Annual report on the working of the lock hospitals in the North-Western Provinces and Oudh
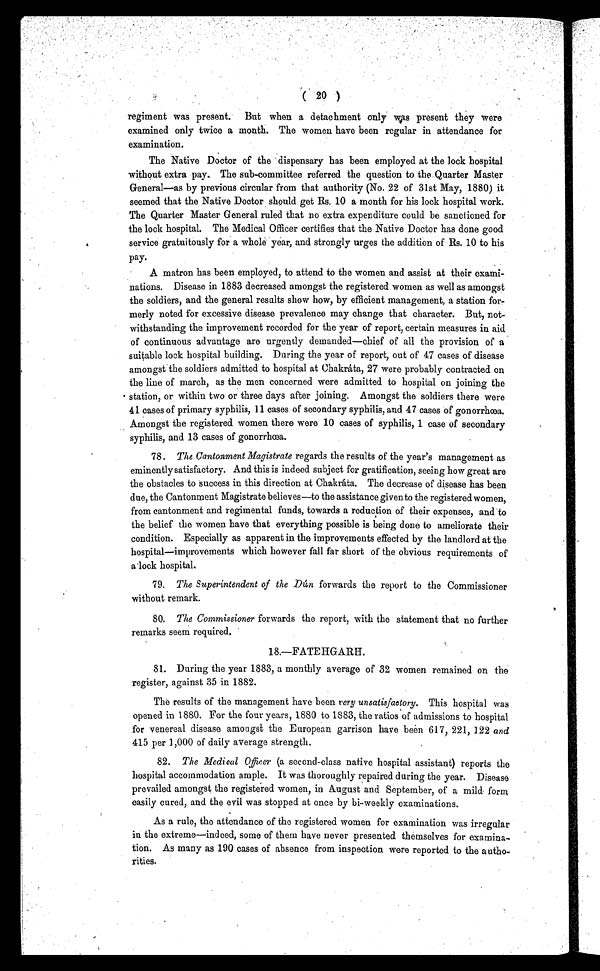
( 20 )
regiment was present. But when a detachment only was present they were
examined only twice a month. The women have been regular in attendance for
examination.
The Native Doctor of the dispensary has been employed at the lock hospital
without extra pay. The sub-committee referred the question to the Quarter Master
General—as by previous circular from that authority (No. 22 of 31st May, 1880) it
seemed that the Native Doctor should get Rs. 10 a month for his lock hospital work.
The Quarter Master General ruled that no extra expenditure could be sanctioned for
the lock hospital. The Medical Officer certifies that the Native Doctor has done good
service gratuitously for a whole year, and strongly urges the addition of Rs. 10 to his
pay.
A matron has been employed, to attend to the women and assist at their exami-
nations. Disease in 1883 decreased amongst the registered women as well as amongst
the soldiers, and the general results show how, by efficient management, a station for-
merly noted for excessive disease prevalence may change that character. But, not-
withstanding the improvement recorded for the year of report, certain measures in aid
of continuous advantage are urgently demanded—chief of all the provision of a
suitable lock hospital building. During the year of report, out of 47 cases of disease
amongst the soldiers admitted to hospital at Chakráta, 27 were probably contracted on
the line of march, as the men concerned were admitted to hospital on joining the
station, or within two or three days after joining. Amongst the soldiers there were
41 cases of primary syphilis, 11 cases of secondary syphilis, and 47 cases of gonorrhœa.
Amongst the registered women there were 10 cases of syphilis, 1 case of secondary
syphilis, and 13 cases of gonorrhœa.
78. The Cantonment Magistrate regards the results of the year's management as
eminently satisfactory. And this is indeed subject for gratification, seeing how great are
the obstacles to success in this direction at Chakráta. The decrease of disease has been
due, the Cantonment Magistrate believes—to the assistance given to the registered women,
from cantonment and regimental funds, towards a reduction of their expenses, and to
the belief the women have that everything possible is being done to ameliorate their
condition. Especially as apparent in the improvements effected by the landlord at the
hospital—improvements which however fall far short of the obvious requirements of
a lock hospital.
79. The Superintendent of the Dún forwards the report to the Commissioner
without remark.
80. The Commissioner forwards the report, with the statement that no further
remarks seem required.
18.—FATEHGARH.
81. During the year 1883, a monthly average of 32 women remained on the
register, against 35 in 1882.
The results of the management have been very unsatisfactory. This hospital was
opened in 1880. For the four years, 1880 to 1883, the ratios of admissions to hospital
for venereal disease amongst the European garrison have been 617, 221, 122 and
415 per 1,000 of daily average strength.
82. The Medical Ojieer (a second-class native hospital assistant) reports the
hospital accommodation ample. It was thoroughly repaired during the year. Disease
prevailed amongst the registered women, in August and September, of a mild form
easily cured, and the evil was stopped at once by bi-weekly examinations.
As a rule, the attendance of the registered women for examination was irregular
in the extreme—indeed, some of them have never presented themselves for examina-
tion. As many as 190 cases of absence from inspection were reported to the autho-
rities.